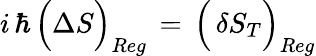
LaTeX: i\, \hbar\, \Big(\Delta S\Big)_{Reg}\, =\, \Big(\, \delta S_{T}\Big)_{Reg}